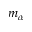
m _ { \alpha }